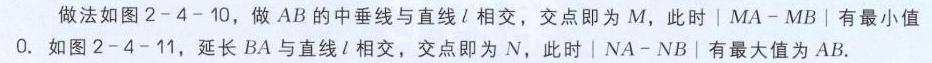
做法如图\(2 - 4 - 10\)，做\(AB\)的中垂线与直线\(l\)相交，交点即为\(M\)，此时\(\vert MA - MB\vert\)有最小值\(0\). 如图\(2 - 4 - 11\)，延长\(BA\)与直线\(l\)相交，交点即为\(N\)，此时\(\vert NA - NB\vert\)有最大值为\(AB\).